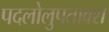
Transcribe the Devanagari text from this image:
पदलोलुपतावश